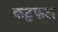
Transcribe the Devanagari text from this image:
कटुफल